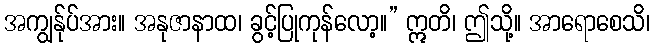
အကျွန်ုပ်အား။ အနုဇာနာထ၊ ခွင့်ပြုကုန်လော့။” ဣတိ၊ ဤသို့။ အာရောစေသိ၊